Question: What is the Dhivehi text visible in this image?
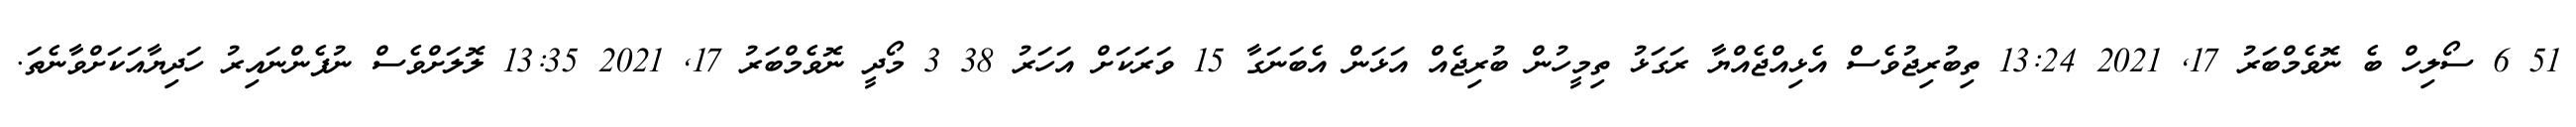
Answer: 51 6 ސޯލިހް ބެ ނޮވެމްބަރު 17, 2021 13:24 ތިބުރިޖުވެސް އެޅިއްޖެއްޔާ ރަގަޅު ތިމީހުން ބުރިޖެއް އަޅަން އެބަނަގާ 15 ވަރަކަށް އަހަރު 38 3 މޯދީ ނޮވެމްބަރު 17, 2021 13:35 ލޮލަށްވެސް ނުފެންނައިރު ހަދިޔާއަކަށްވާނެތަ.